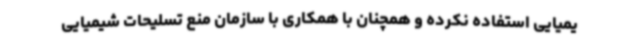
یمیایی استفاده نکرده و همچنان با همکاری با سازمان منع تسلیحات شیمیایی